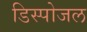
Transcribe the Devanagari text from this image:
डिस्पोजल